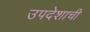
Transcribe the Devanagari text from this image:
उपदेशाची